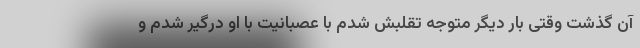
آن گذشت وقتی بار دیگر متوجه تقلبش شدم با عصبانیت با او درگیر شدم و